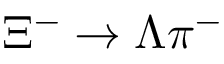
\Xi ^ { - } \to \Lambda \pi ^ { - }